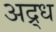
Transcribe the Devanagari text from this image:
अद्र्ध